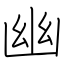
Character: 幽